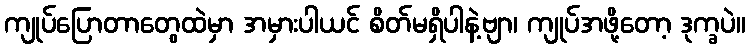
ကျုပ်ပြောတာတွေထဲမှာ အမှားပါယင် စိတ်မရှိပါနဲ့ဗျာ၊ ကျုပ်အဖို့တော့ ဒုက္ခပဲ။